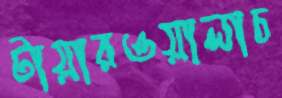
টায়ারওয়ালাচ